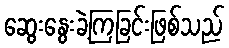
ဆွေးနွေးခဲ့ကြခြင်းဖြစ်သည်